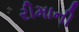
રીમાની